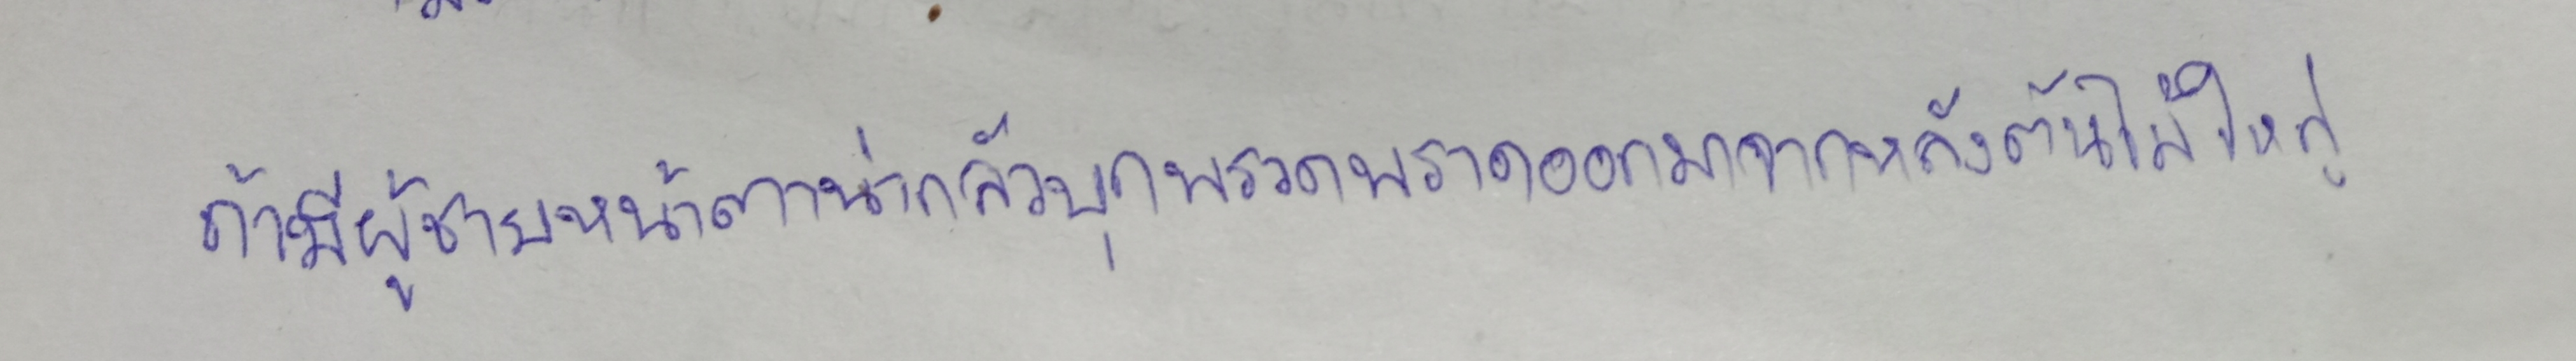
ถ้ามีผู้ชายหน้าตาน่ากลัวบุกพรวดพราดออกมาจากหลังต้นไม้ใหญ่